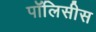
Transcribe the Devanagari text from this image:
पॉलिसीस